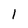
Character: 1